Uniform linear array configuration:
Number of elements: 4
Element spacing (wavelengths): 0.5
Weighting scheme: binomial
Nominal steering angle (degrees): -30
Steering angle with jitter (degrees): -29.484
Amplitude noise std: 0.05
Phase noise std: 0.05

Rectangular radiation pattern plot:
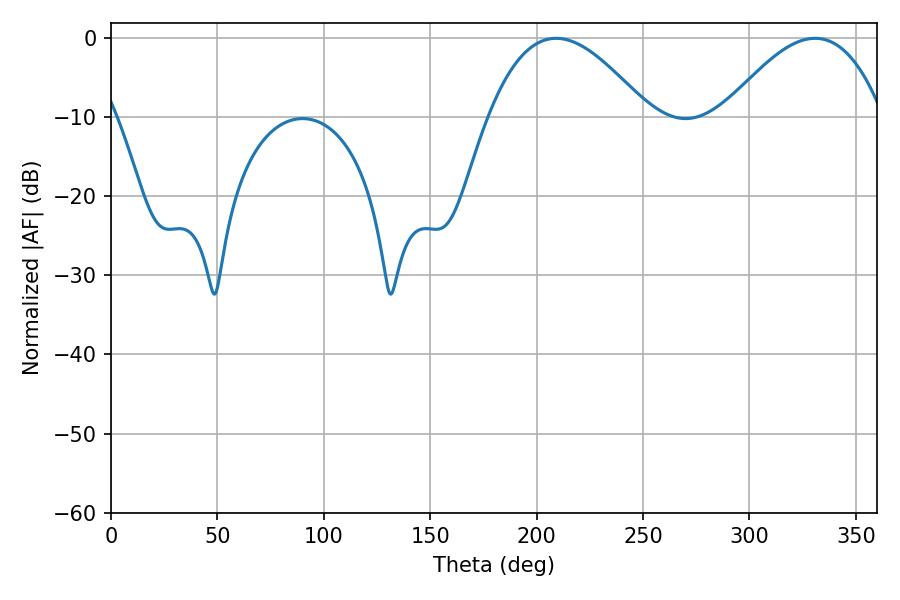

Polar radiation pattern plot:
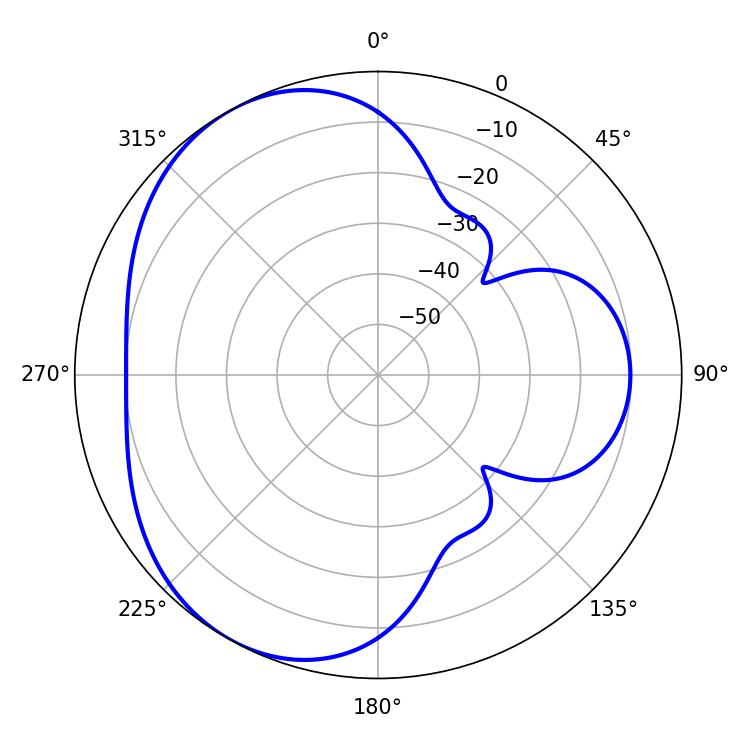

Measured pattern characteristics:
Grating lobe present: FALSE
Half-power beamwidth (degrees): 40.86
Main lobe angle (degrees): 209.16